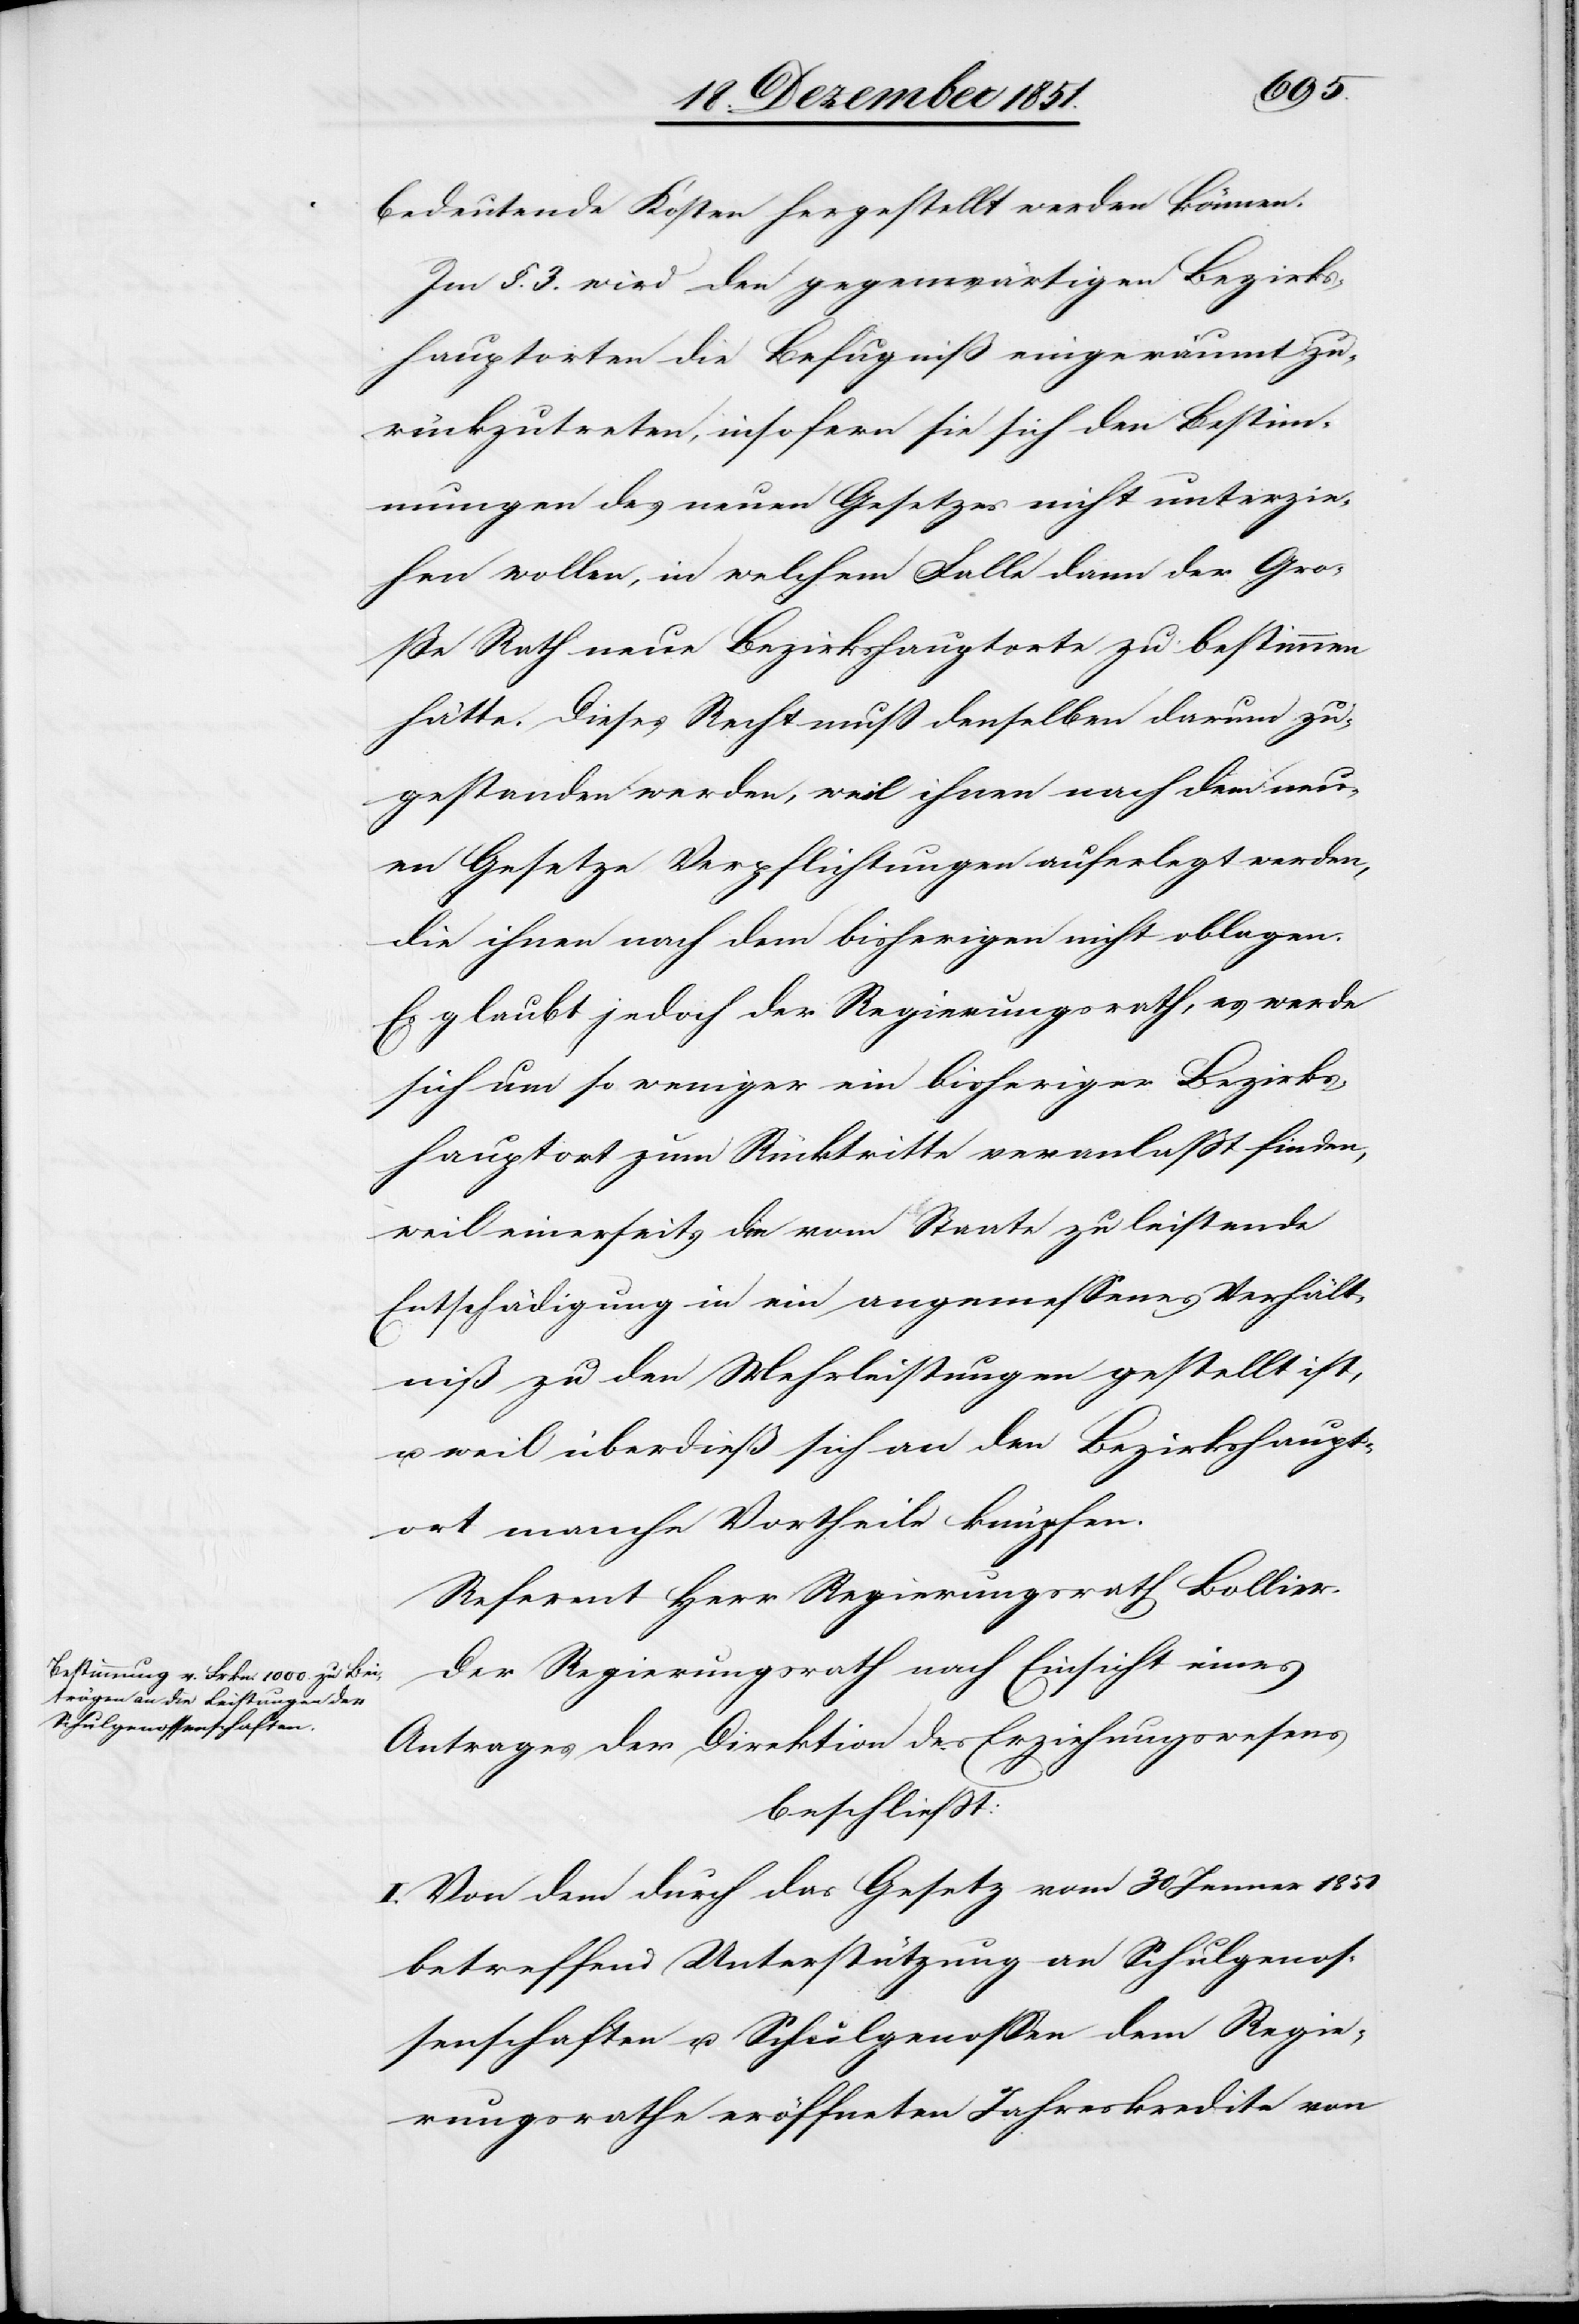
bedeutende Kosten hergestellt werden können.
Im §. 3. wird den gegenwärtigen Bezirks¬
hauptorten die Befugniß eingeräumt zu¬
rückzutreten, insofern sie sich den Bestim¬
mungen des neuen Gesetzes nicht unterzie¬
hen wollen, in welchem Falle dann der Gro¬
ße Rath neue Bezirkshauptorte zu bestimmen
hätte. Dieses Recht muß denselben darum zu¬
gestanden werden, weil ihnen nach dem neu¬
en Gesetze Verpflichtungen auferlegt werden,
die ihnen nach dem bisherigen nicht oblagen.
Es glaubt jedoch der Regierungsrath, es werde
sich um so weniger ein bisheriger Bezirks¬
hauptort zum Rücktritte veranlaßt finden,
weil einerseits die vom Staate zu leistende
Entschädigung in ein angemessenes Verhält¬
niß zu den Mehrleistungen gestellt ist,
u. weil überdieß sich an den Bezirkshaupt¬
ort manche Vortheile knüpfen.
Referent Herr Regierungsrath Bollier.
Der Regierungsrath nach Einsicht eines
Antrages der Direktion des Erziehungswesens
beschließt:
I. Von dem durch das Gesetz vom 30 Jenner 1851
betreffend Unterstützung an Schulgenos¬
senschaften u. Schulgenossen dem Regie¬
rungsrathe eröffneten Jahreskredite von